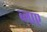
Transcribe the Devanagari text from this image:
ब्लाए